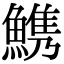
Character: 𩺫